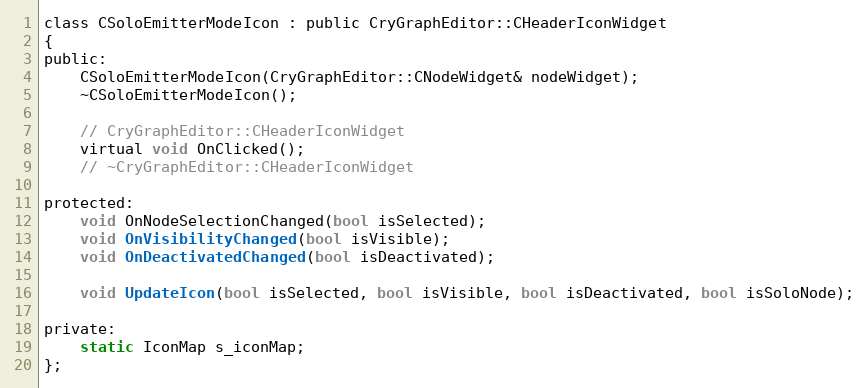
Language: C
class CSoloEmitterModeIcon : public CryGraphEditor::CHeaderIconWidget
{
public:
	CSoloEmitterModeIcon(CryGraphEditor::CNodeWidget& nodeWidget);
	~CSoloEmitterModeIcon();

	// CryGraphEditor::CHeaderIconWidget
	virtual void OnClicked();
	// ~CryGraphEditor::CHeaderIconWidget

protected:
	void OnNodeSelectionChanged(bool isSelected);
	void OnVisibilityChanged(bool isVisible);
	void OnDeactivatedChanged(bool isDeactivated);

	void UpdateIcon(bool isSelected, bool isVisible, bool isDeactivated, bool isSoloNode);

private:
	static IconMap s_iconMap;
};